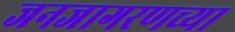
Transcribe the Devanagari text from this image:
जनजागरणच्या